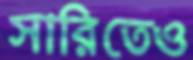
সারিতেও